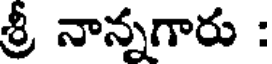
శ్రీ నాన్నగారు :